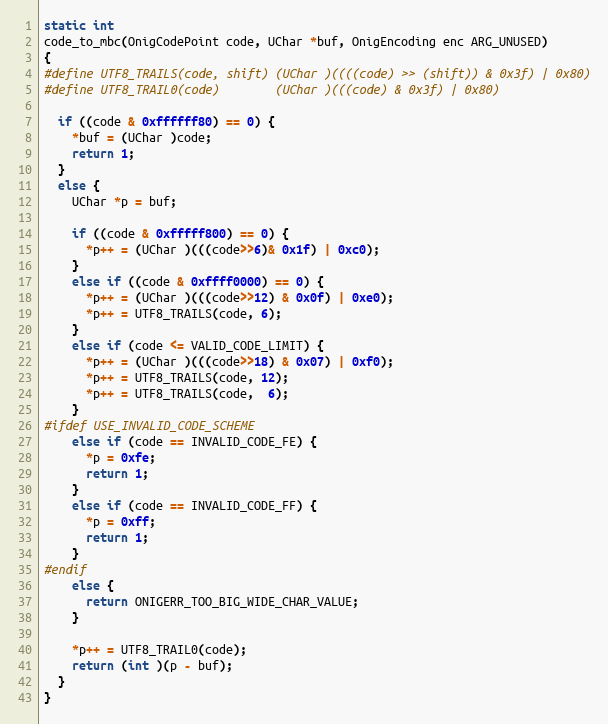
Language: C
static int
code_to_mbc(OnigCodePoint code, UChar *buf, OnigEncoding enc ARG_UNUSED)
{
#define UTF8_TRAILS(code, shift) (UChar )((((code) >> (shift)) & 0x3f) | 0x80)
#define UTF8_TRAIL0(code)        (UChar )(((code) & 0x3f) | 0x80)

  if ((code & 0xffffff80) == 0) {
    *buf = (UChar )code;
    return 1;
  }
  else {
    UChar *p = buf;

    if ((code & 0xfffff800) == 0) {
      *p++ = (UChar )(((code>>6)& 0x1f) | 0xc0);
    }
    else if ((code & 0xffff0000) == 0) {
      *p++ = (UChar )(((code>>12) & 0x0f) | 0xe0);
      *p++ = UTF8_TRAILS(code, 6);
    }
    else if (code <= VALID_CODE_LIMIT) {
      *p++ = (UChar )(((code>>18) & 0x07) | 0xf0);
      *p++ = UTF8_TRAILS(code, 12);
      *p++ = UTF8_TRAILS(code,  6);
    }
#ifdef USE_INVALID_CODE_SCHEME
    else if (code == INVALID_CODE_FE) {
      *p = 0xfe;
      return 1;
    }
    else if (code == INVALID_CODE_FF) {
      *p = 0xff;
      return 1;
    }
#endif
    else {
      return ONIGERR_TOO_BIG_WIDE_CHAR_VALUE;
    }

    *p++ = UTF8_TRAIL0(code);
    return (int )(p - buf);
  }
}